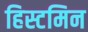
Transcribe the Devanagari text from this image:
हिस्टमिन